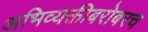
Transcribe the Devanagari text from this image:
अभिव्यक्तीबरोबरच